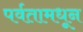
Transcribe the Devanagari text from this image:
पर्वतामधून